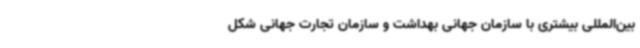
بین‌المللی بیشتری با سازمان جهانی بهداشت و سازمان تجارت جهانی شکل